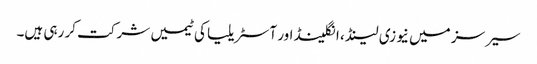
سیرسز میں نیوزی لینڈ ، انگلینڈ اور آسٹریلیا کی ٹیمیں شرکت کر رہی ہیں۔